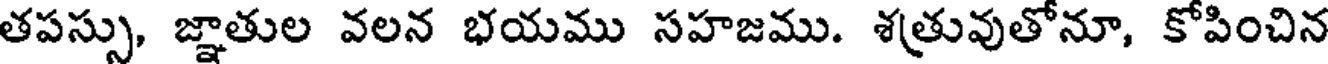
తపస్సు, జ్ఞాతుల వలన భయము సహజము. శత్రువుతోనూ, కోపించిన